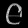
Digit: ၉